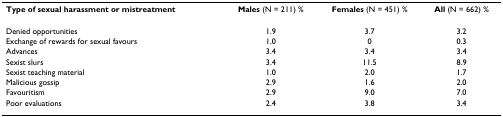
<table><thead><tr><td><b>Type of sexual harassment or mistreatment</b></td><td><b>Males (N = 211) %</b></td><td><b>Females (N = 451) %</b></td><td><b>All (N = 662) %</b></td></tr></thead><tbody><tr><td>Denied opportunities</td><td>1.9</td><td>3.7</td><td>3.2</td></tr><tr><td>Exchange of rewards for sexual favours</td><td>1.0</td><td>0</td><td>0.3</td></tr><tr><td>Advances</td><td>3.4</td><td>3.4</td><td>3.4</td></tr><tr><td>Sexist slurs</td><td>3.4</td><td>11.5</td><td>8.9</td></tr><tr><td>Sexist teaching material</td><td>1.0</td><td>2.0</td><td>1.7</td></tr><tr><td>Malicious gossip</td><td>2.9</td><td>1.6</td><td>2.0</td></tr><tr><td>Favouritism</td><td>2.9</td><td>9.0</td><td>7.0</td></tr><tr><td>Poor evaluations</td><td>2.4</td><td>3.8</td><td>3.4</td></tr></tbody></table>